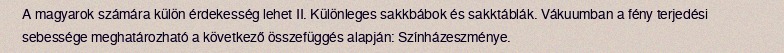
A magyarok számára külön érdekesség lehet II. Különleges sakkbábok és sakktáblák. Vákuumban a fény terjedési sebessége meghatározható a következő összefüggés alapján: Színházeszménye.